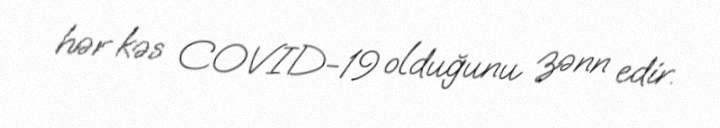
hər kəs COVID-19 olduğunu zənn edir.